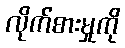
လိုက်စားမှုကို